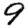
Digit: 9